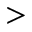
>